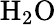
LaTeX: \textrm{H}_{2}\textrm{O}